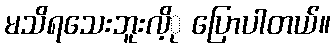
မသိရသေးဘူးလိ့ု ပြောပါတယ်။